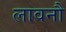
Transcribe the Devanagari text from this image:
लावनौ